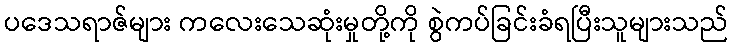
ပဒေသရာဇ်များ ကလေးသေဆုံးမှုတို့ကို စွဲကပ်ခြင်းခံရပြီးသူများသည်